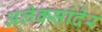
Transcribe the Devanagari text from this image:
अलेक्सांदेर